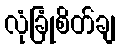
လုံခြုံစိတ်ချ